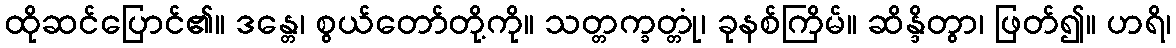
ထိုဆင်ပြောင်၏။ ဒန္တေ၊ စွယ်တော်တို့ကို။ သတ္တက္ခတ္တုံ၊ ခုနစ်ကြိမ်။ ဆိန္ဒိတွာ၊ ဖြတ်၍။ ဟရိ၊